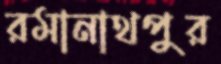
রমানাথপুর